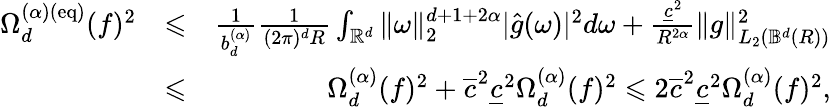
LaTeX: \begin{array}{rlr}{\Omega_{d}^{(\alpha)(\mathrm{eq})}(f)^{2}}&{\leqslant}&{\frac{1}{b_{d}^{(\alpha)}}\frac{1}{(2\pi)^{d}R}\int_{\mathbb{{R}}^{d}}\| \omega\| _{2}^{d+1+2\alpha}|\hat{g}(\omega)|^{2}d\omega+\frac{\underline{{c}}^{2}}{R^{2\alpha}}\| g\| _{L_{2}({\mathbb B}^{d}(R))}^{2}}\\ &{\leqslant}&{\Omega_{d}^{({\alpha})}(f)^{2}+\overline{{c}}^{2}\underline{{c}}^{2}\Omega_{d}^{({\alpha})}(f)^{2}\leqslant 2\overline{{c}}^{2}\underline{{c}}^{2}\Omega_{d}^{({\alpha})}(f)^{2},}\end{array}